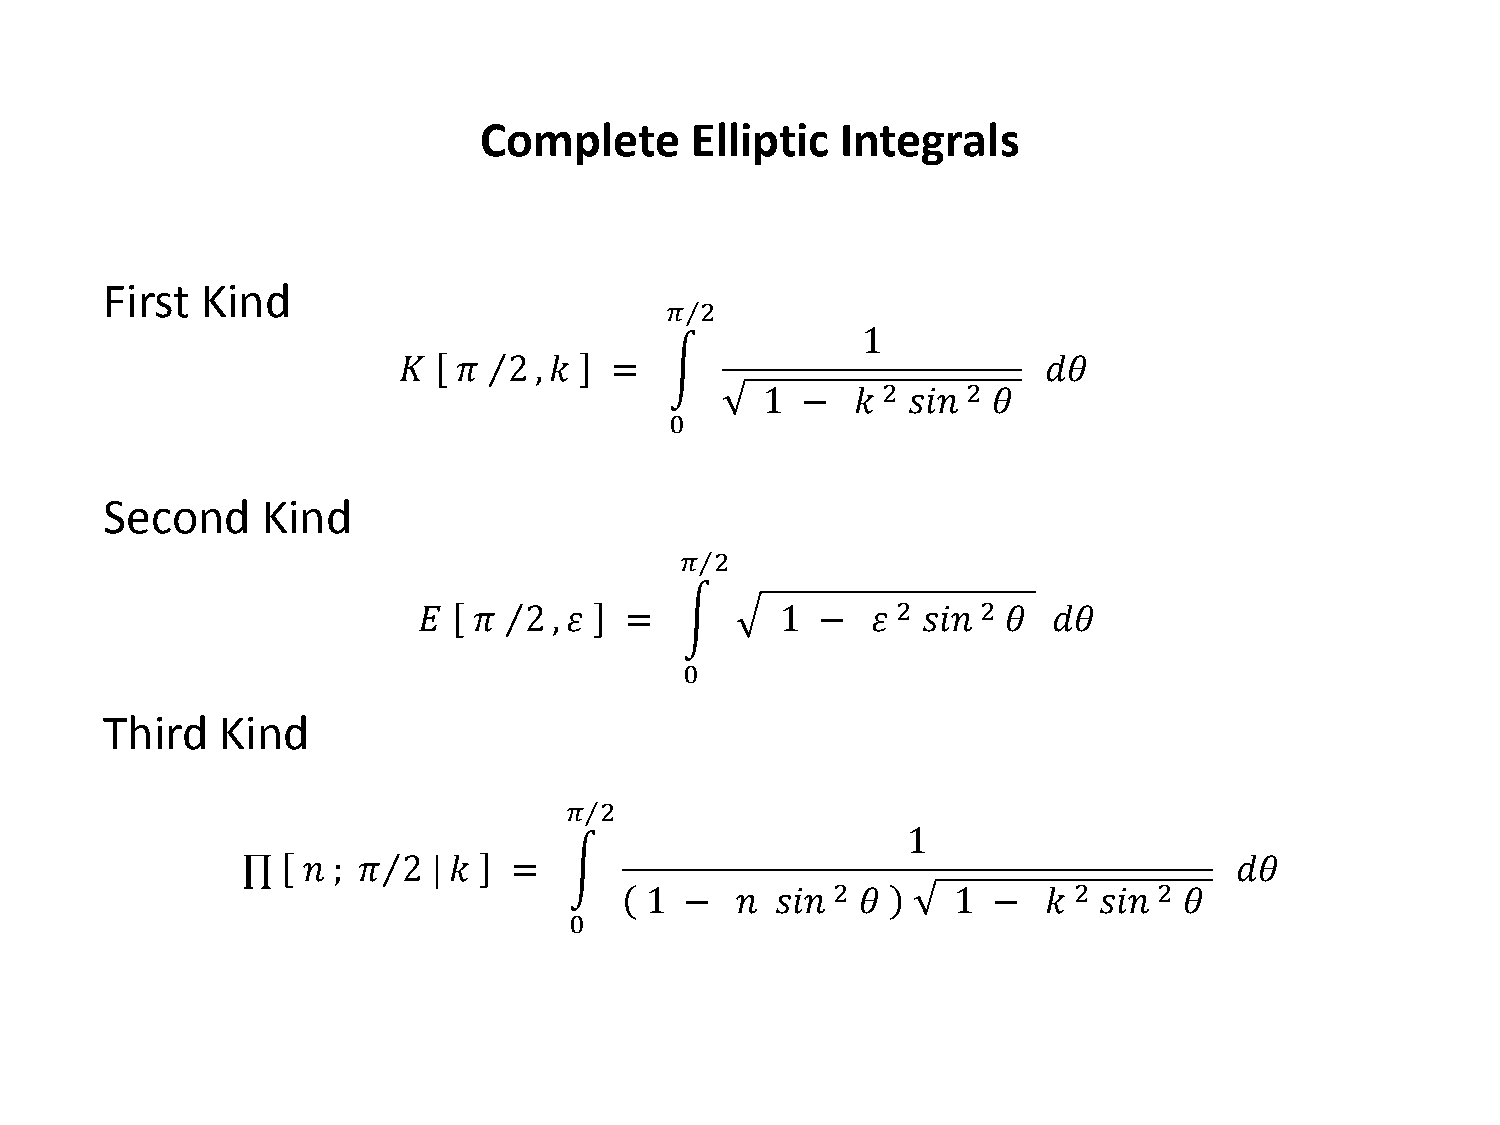
Complete      Elliptic  Integrals
 First Kind
 𝜋⁄2
 1
 𝐾   𝜋 ⁄2 , 𝑘  =   �             2     2    𝑑𝜃
 0      1 −   𝑘  𝑠𝑠𝑠   𝜃
 Second    Kind
 𝜋⁄2
 2     2
 𝐸  𝜋 ⁄2  , 𝜀 =   �      1 −   𝜀  𝑠𝑠𝑠   𝜃  𝑑𝜃
 Third   Kind
 0
 𝜋⁄2
 1
 ∏   𝑠 ; 𝜋⁄2  | 𝑘  =   �                2               2     2    𝑑𝜃
 0    1 −   𝑠 𝑠𝑠𝑠   𝜃     1  −  𝑘   𝑠𝑠𝑠  𝜃